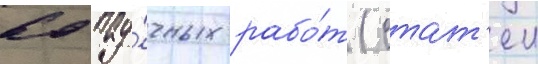
60 нау́чных рабо́т (стат'еи